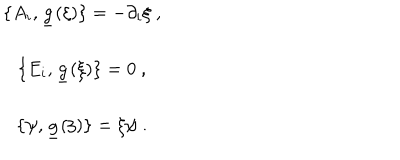
\begin{array} { c } { { \{ A _ { i } , \underline { { { g } } } ( \xi ) \} = - \partial _ { i } \xi \ , } } \\ { { \{ E _ { i } , \underline { { { g } } } ( \xi ) \} = 0 \ , } } \\ { { \{ \psi , \underline { { { g } } } ( \xi ) \} = \xi \psi \ . } } \\ \end{array}